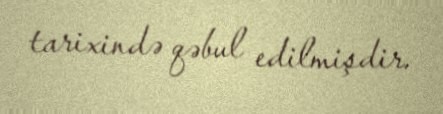
tarixində qəbul edilmişdir.